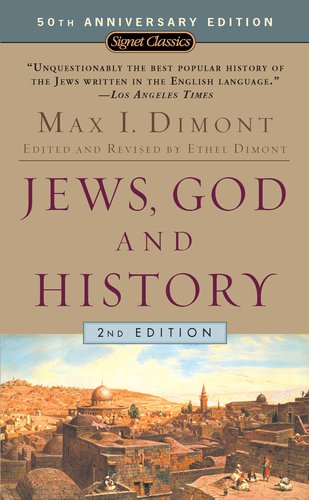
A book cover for Jews, God, and History (50th Anniversary Edition); Max I. Dimont; Literature & Fiction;